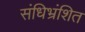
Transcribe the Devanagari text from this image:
संधिभ्रंशित